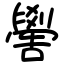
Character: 嚳